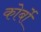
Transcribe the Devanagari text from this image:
कोर्बो